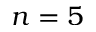
n = 5